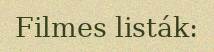
Filmes listák: